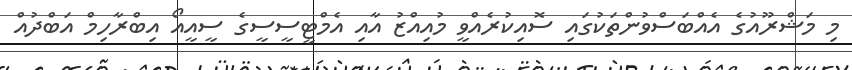
މި މަޝްރޫއުގެ އެއްބަސްވުންތަކުގައި ސޮއިކުރެއްވީ މުއިއްޒު އާއި އެމްޓީސީސީގެ ސީއީއޯ އިބްރާހިމް އަބްދުއް